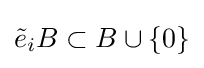
{\tilde {e}}_{i}B\subset B\cup \{0\}